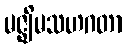
မဇ္ဈိမသဟဂတာ